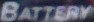
BATTERY